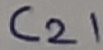
Text: C21